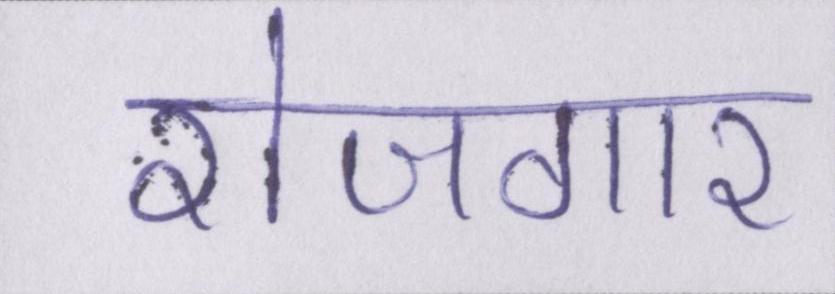
रोजगार